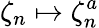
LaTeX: \zeta_{n}\mapsto\zeta_{n}^{a}